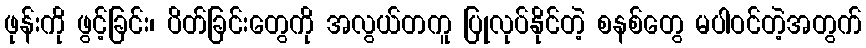
ဖုန်းကို ဖွင့်ခြင်း၊ ပိတ်ခြင်းတွေကို အလွယ်တကူ ပြုလုပ်နိုင်တဲ့ စနစ်တွေ မပါဝင်တဲ့အတွက်